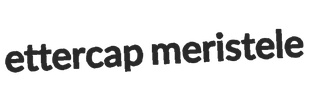
ettercap meristele